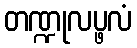
တဏ္ဍုလပ္ဖလံ